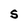
Character: S